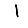
Digit: 1